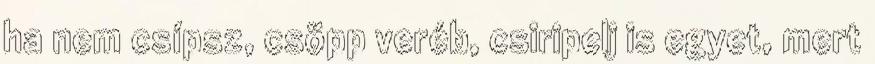
ha nem csípsz, csöpp veréb, csiripelj is egyet, mert